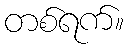
တစ်ရက်။